画像に写った文字を読んでください
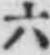
「六」と書いてあります